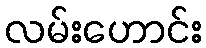
လမ်းဟောင်း